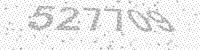
Solution: 527709